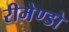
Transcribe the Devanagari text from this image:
रीमेण्डो